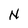
Character: N